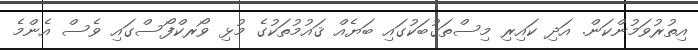
އިތުރުވަމުންކަން. އަދި ކައިރި މިސްތަޤުބަކުގައި ބަޔެއް ޤައުމުތަކުގެ މުޅި ވޯރކްފޯސްގައި ވެސް އެންމެ